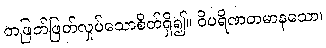
တဖြတ်ဖြတ်လှုပ်သောစိတ်ရှိ၍။ ဝိပရိဏတမာနသော၊